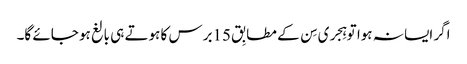
اگر ایسا نہ ہوا تو ہِجری سِن کے مطابِق 15برس کا ہوتے ہی بالغ ہو جائے گا۔